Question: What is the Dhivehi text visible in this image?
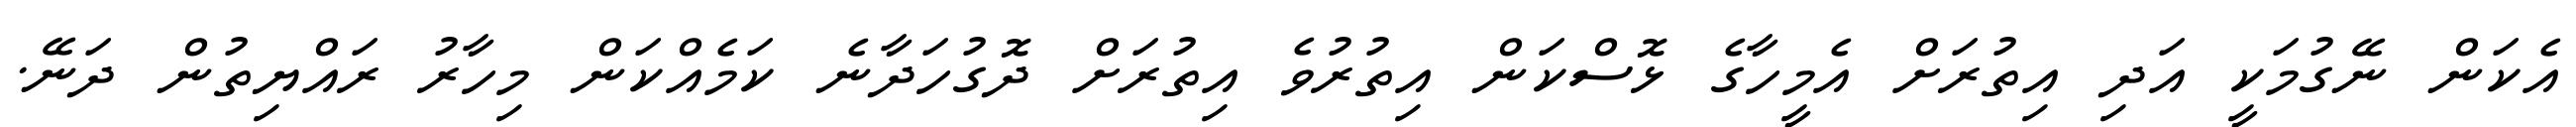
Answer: އެކަން ނޭގުމަކީ އަދި އިތުރަށް އެމީހާގެ ޅޮސްކަން އިތުރުވެ އިތުރަށް ދޮގުހަދާނެ ކަމެއްކަން މިހާރު ރައްޔިތުން ދަނޭ.